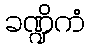
ခဏ္ဍိကံ